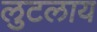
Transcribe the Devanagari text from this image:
लुटलाय